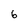
Character: 6